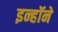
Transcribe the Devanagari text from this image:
इन्हॉने